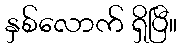
နှစ်လောက် ရှိပြီ။